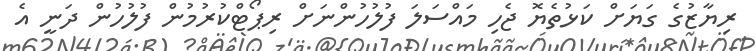
ރިޔާޒުގެ ގަޔަށް ކަޅުތެޔޮ ޖެހި މައްސަލަ ފުލުހުންނަށް ރިޕޯޓްކުރުމުން ފުލުހުން ދަނީ އެ